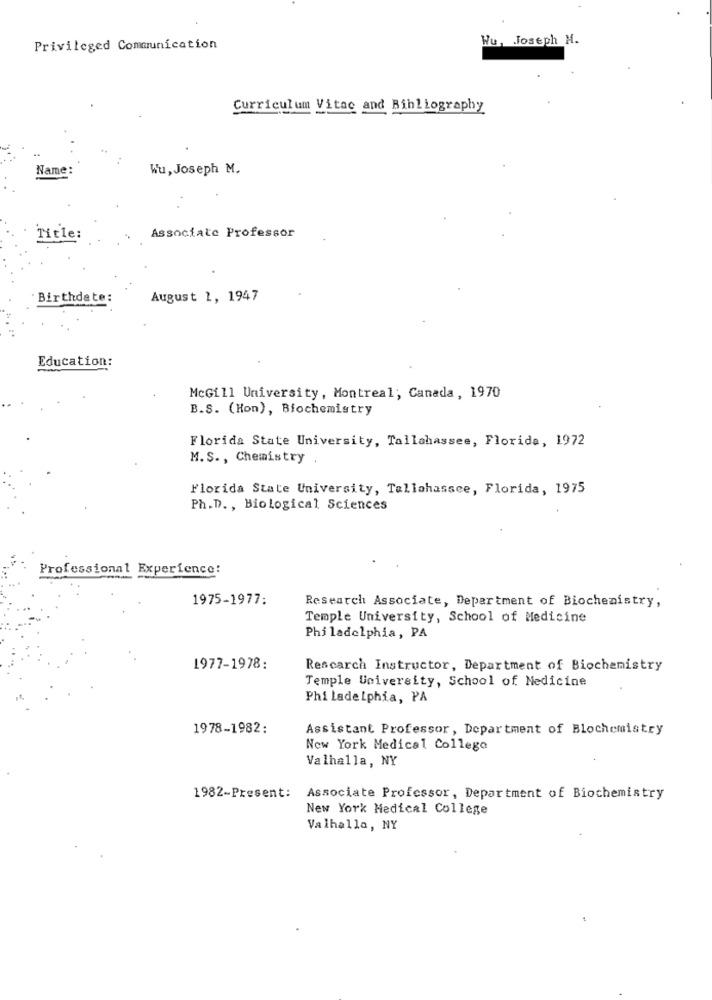
Wu, Joseph M.
Privileged Communication
Curriculum Vitae and Bibliography
Name:
Wu, Joseph M.
Associate Professor
Title:
Birthdate:
August 1, 1947
Education:
McGill University, Montreal, Canada, 1970
B.S. (Hon), Biochemistry
Florida State University, Tallahassee, Florida, 1972
M.S ., Chemistry .
Florida State University, Tallahassee, Florida, 1975
Ph.D ., Biological Sciences
Professional Experience:
1975-1977:
Research Associate, Department of Biochemistry,
Temple University, School of Medicine
Philadelphia, PA
1977-1978:
Rescarch Instructor, Department of Biochemistry
Temple University, School of Medicine
Philadelphia, PA
1978-1982:
Assistant Professor, Department of Blochemistry
New York Medical College
Valhalla, NY
1982-Present:
Associate Professor, Department of Biochemistry
New York Medical College
Valhalla, NY